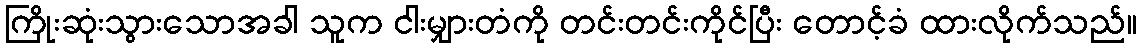
ကြိုးဆုံးသွားသောအခါ သူက ငါးမျှားတံကို တင်းတင်းကိုင်ပြီး တောင့်ခံ ထားလိုက်သည်။